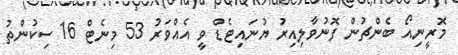
މޮރީނިއޯ ބެންޗުން ފޮނުވާލިއިރު ޔުނައިޓެޑް ވީ އެއްވަރު 53 މިނެޓް 16 ސިކުންތު